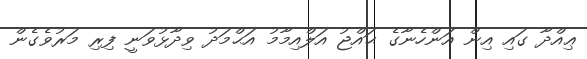
ޢިއްދާ ގައި އިން އަންހެނާގެ ޙައްޖު އަލްއިމާމު އަޙްމަދު ވިދާޅުވަނީ ފިރި މަރުވެގެން